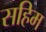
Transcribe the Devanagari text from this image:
सहिम